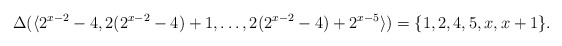
\begin{align*}\Delta(\langle 2^{x-2}-4,2(2^{x-2}-4)+1,\ldots,2(2^{x-2}-4)+2^{x-5} \rangle) = \{1,2,4,5,x,x+1\}.\end{align*}